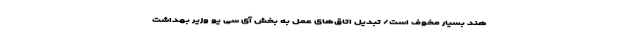
هند بسیار مخوف است/ تبدیل اتاق‌های عمل به بخش آی سی یو وزیر بهداشت